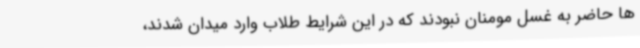
ها حاضر به غسل مومنان نبودند که در این شرایط طلاب وارد میدان شدند،